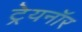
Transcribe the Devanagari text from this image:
ट्रेयनॉर